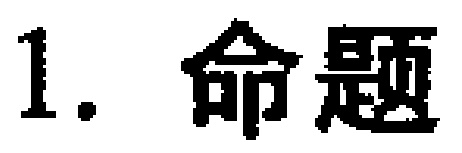
1. 命题